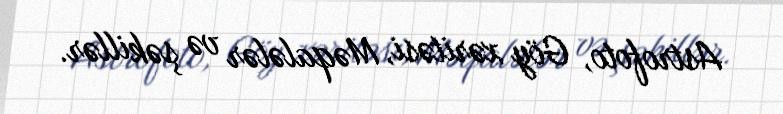
Astrofoto, Göy xəritəsi, Məqalələr və şəkillər.